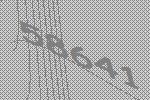
58641